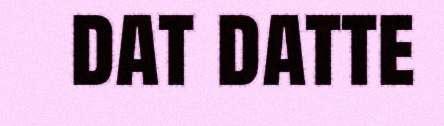
dat datte